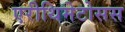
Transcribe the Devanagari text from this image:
एरीथिमेटोसस